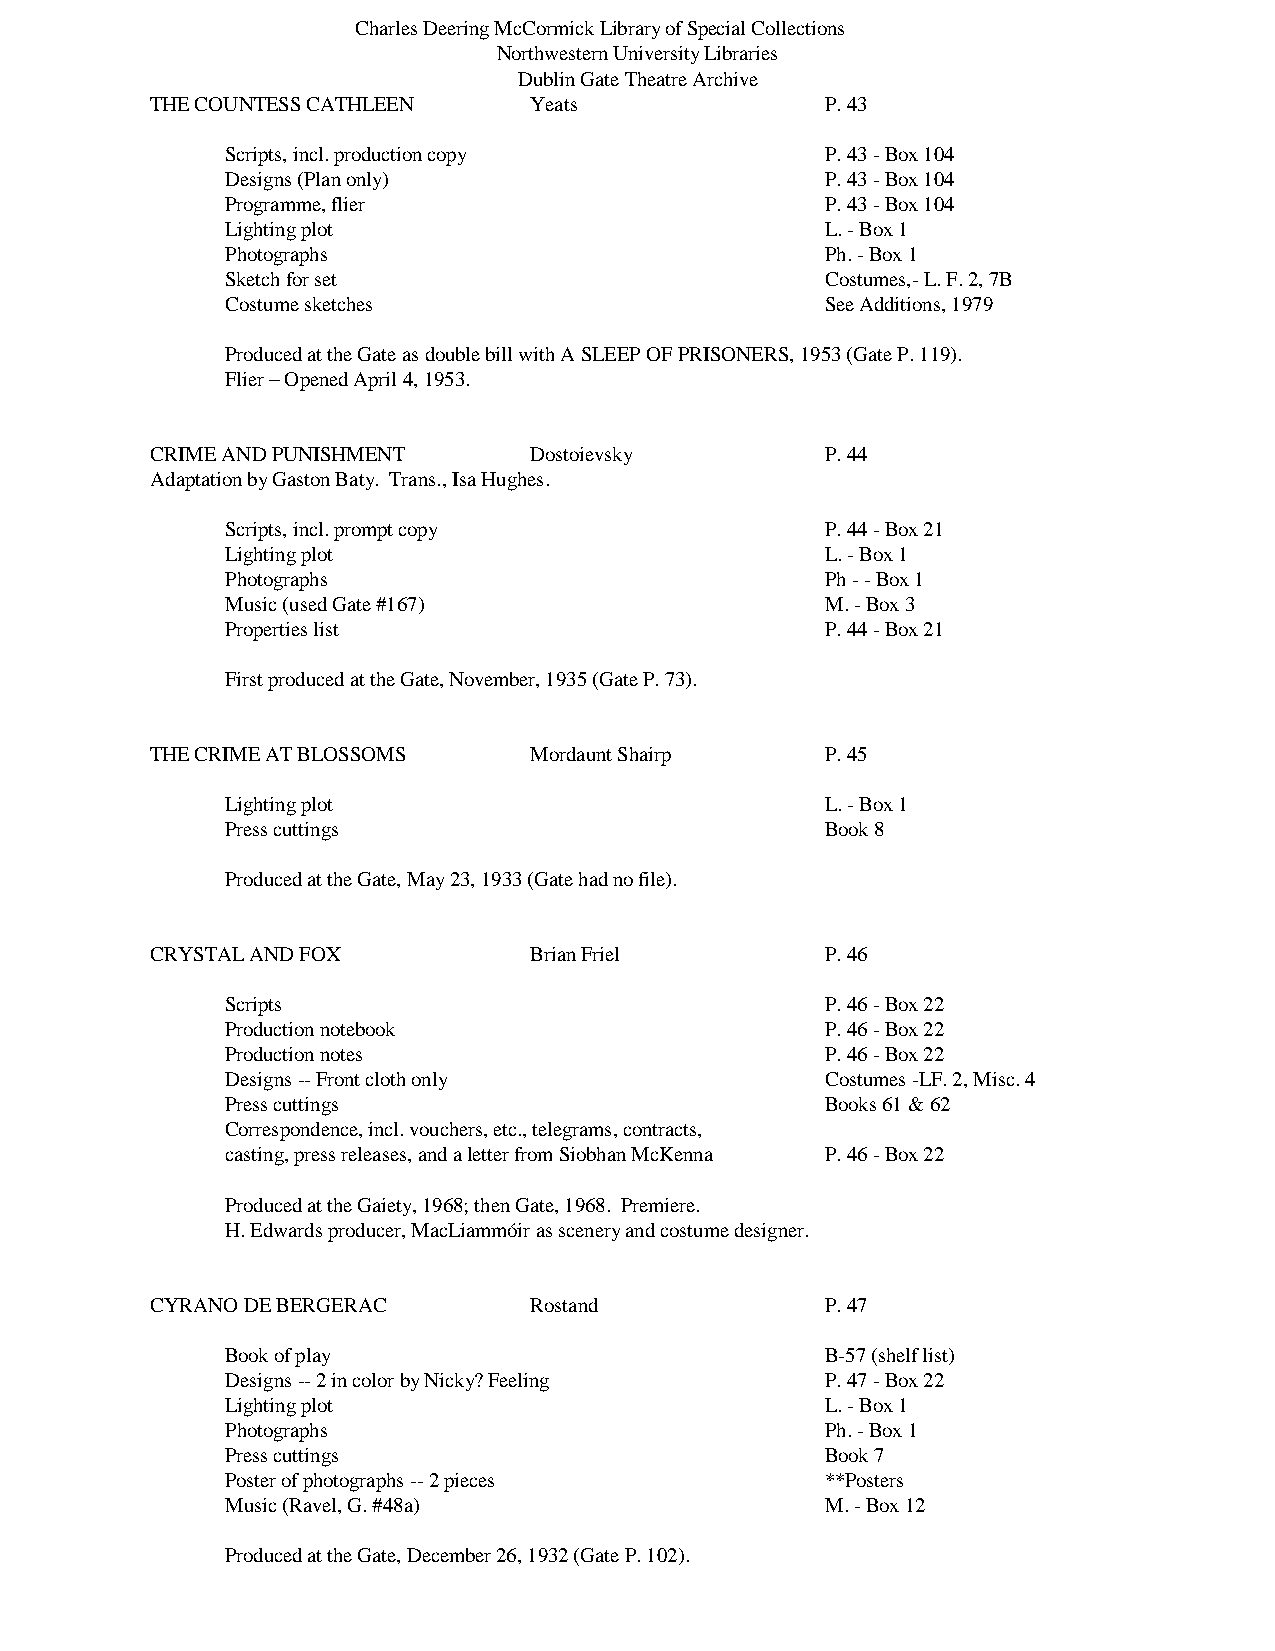
Charles Deering McCormick Library of Special Collections
 Northwestern University Libraries
 Dublin Gate Theatre Archive
 THE COUNTESS CATHLEEN    Yeats               P. 43
 Scripts, incl. production copy          P. 43 - Box 104
 Designs (Plan only)                     P. 43 - Box 104
 Programme, flier                        P. 43 - Box 104
 Lighting plot                           L. - Box 1
 Photographs                             Ph. - Box 1
 Sketch for set                          Costumes,- L. F. 2, 7B
 Costume sketches                        See Additions, 1979
 Produced at the Gate as double bill with A SLEEP OF PRISONERS, 1953 (Gate P. 119).
 Flier – Opened April 4, 1953.
 CRIME AND PUNISHMENT     Dostoievsky         P. 44
 Adaptation by Gaston Baty. Trans., Isa Hughes.
 Scripts, incl. prompt copy              P. 44 - Box 21
 Lighting plot                           L. - Box 1
 Photographs                             Ph - - Box 1
 Music (used Gate #167)                  M. - Box 3
 Properties list                         P. 44 - Box 21
 First produced at the Gate, November, 1935 (Gate P. 73).
 THE CRIME AT BLOSSOMS    Mordaunt Shairp     P. 45
 Lighting plot                           L. - Box 1
 Press cuttings                          Book 8
 Produced at the Gate, May 23, 1933 (Gate had no file).
 CRYSTAL AND FOX          Brian Friel         P. 46
 Scripts                                 P. 46 - Box 22
 Production notebook                     P. 46 - Box 22
 Production notes                        P. 46 - Box 22
 Designs -- Front cloth only             Costumes -LF. 2, Misc. 4
 Press cuttings                          Books 61 & 62
 Correspondence, incl. vouchers, etc., telegrams, contracts,
 casting, press releases, and a letter from Siobhan McKenna P. 46 - Box 22
 Produced at the Gaiety, 1968; then Gate, 1968. Premiere.
 H. Edwards producer, MacLiammóir as scenery and costume designer.
 CYRANO DE BERGERAC       Rostand             P. 47
 Book of play                            B-57 (shelf list)
 Designs -- 2 in color by Nicky? Feeling P. 47 - Box 22
 Lighting plot                           L. - Box 1
 Photographs                             Ph. - Box 1
 Press cuttings                          Book 7
 Poster of photographs -- 2 pieces       **Posters
 Music (Ravel, G. #48a)                  M. - Box 12
 Produced at the Gate, December 26, 1932 (Gate P. 102).